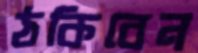
ঠকিবেন